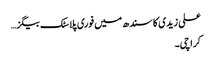
علی زیدی کا سندھ میں فوری پلاسٹک بیگز…
کراچی۔